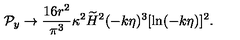
{ \cal P } _ { y } \to { \frac { 1 6 r ^ { 2 } } { \pi ^ { 3 } } } \kappa ^ { 2 } \widetilde { H } ^ { 2 } ( - k \eta ) ^ { 3 } [ \ln ( - k \eta ) ] ^ { 2 } .